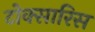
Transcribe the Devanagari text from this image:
टोक्सारिस